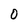
Character: O